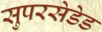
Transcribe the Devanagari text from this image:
सुपरसेडेड